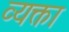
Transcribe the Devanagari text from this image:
व्यक्ता